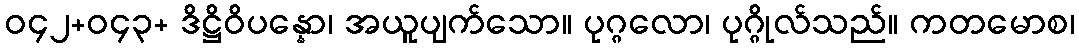
ဝ၄၂+ဝ၄၃+ ဒိဋ္ဌိဝိပန္နော၊ အယူပျက်သော။ ပုဂ္ဂလော၊ ပုဂ္ဂိုလ်သည်။ ကတမောစ၊